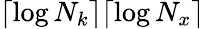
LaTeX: \lceil\log N_{k}\rceil\lceil\log N_{x}\rceil